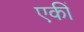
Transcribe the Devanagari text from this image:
एकीं